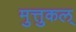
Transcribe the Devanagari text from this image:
मुत्तुकल्